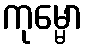
ကုမ္မော